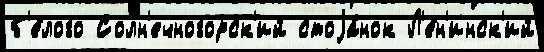
б'е́лого Солн'ечногорск'ий стоjа́нок Л'е́н'инск'ий